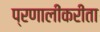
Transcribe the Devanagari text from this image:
प्रणालींकरीता